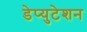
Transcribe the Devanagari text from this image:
डेप्युटेशन